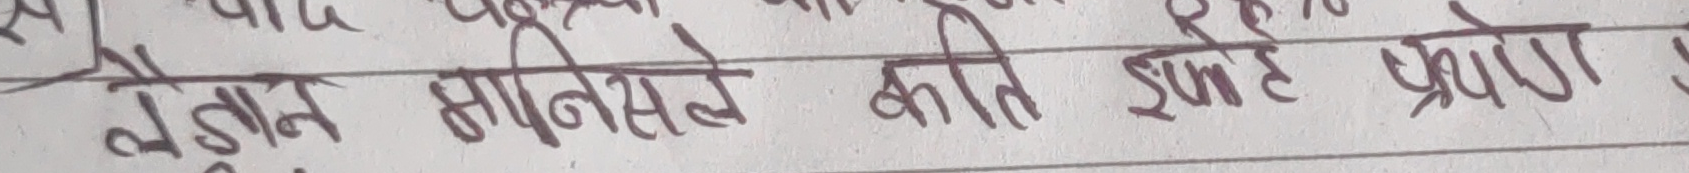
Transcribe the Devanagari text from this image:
बुझ्न मनिसले कति झुटो प्रेरणा